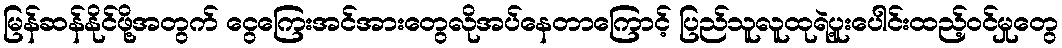
မြန်ဆန်နိုင်ဖို့အတွက် ငွေကြေးအင်အားတွေလိုအပ်နေတာကြောင့် ပြည်သူလူထုရဲ့ပူးပေါင်းထည့်ဝင်မှုတွေ